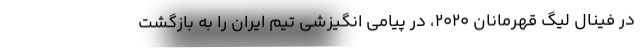
در فینال لیگ قهرمانان ۲۰۲۰، در پیامی انگیزشی تیم ایران را به بازگشت